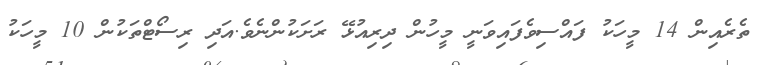
ތެރެއިން 14 މީހަކު ފައްސިވެފައިވަނީ މީހުން ދިރިއުޅޭ ރަށަކުންނެވެ.އަދި ރިސޯޓްތަކުން 10 މީހަކު